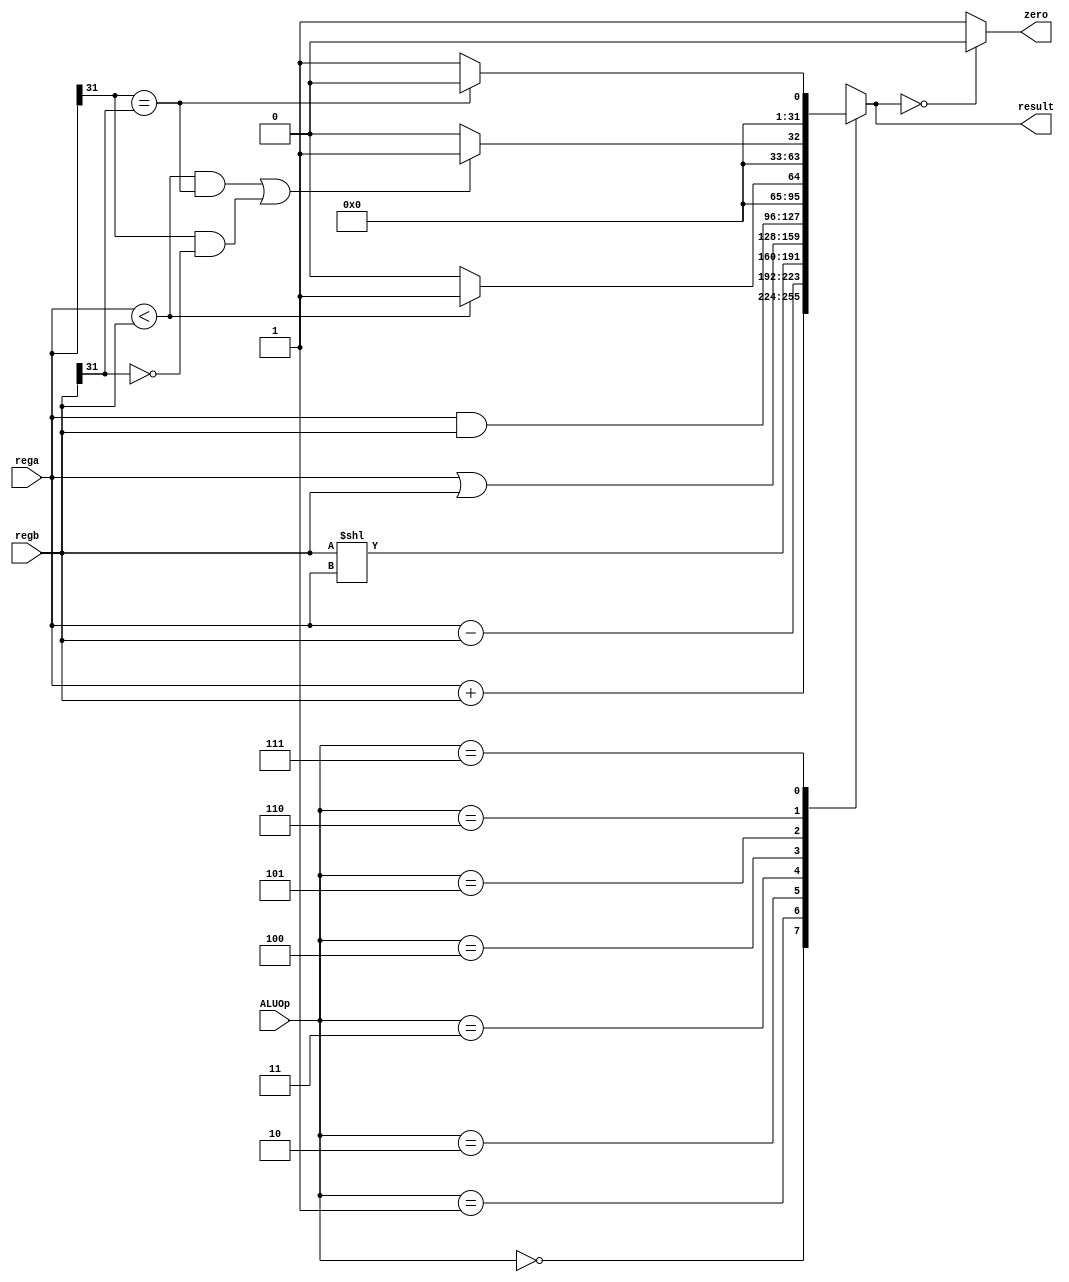
`timescale 1ns / 1ps
//////////////////////////////////////////////////////////////////////////////////
// Company: 
// Engineer: 
// 
// Design Name: 
// Module Name: ALU32
// Project Name: 
// Target Devices: 
// Tool Versions: 
// Description: 
// 
// Dependencies: 
// 
// Revision:
// Revision 0.01 - File Created
// Additional Comments:
// 
//////////////////////////////////////////////////////////////////////////////////


module ALU32(
	ALUOp,
	rega,
	regb,
	result,
	zero
);
    input [2:0] ALUOp;
	input [31:0] rega;
	input [31:0] regb;
	output reg [31:0] result;
	output zero;
	initial begin
	   result = 0;
	end
	
	assign zero = (result==0)?0:1;   // 0 
	always @( ALUOp or rega or regb ) begin
		case (ALUOp)  //
			3'b000 : result = rega + regb;  
			3'b001 : result = rega - regb; 
			3'b010 : result = regb << rega;
			3'b011 : result = rega | regb;
			3'b100 : result = rega & regb;
			3'b101 : result = (rega < regb)?1:0; // 
			3'b110 : begin // 
				result = (((rega<regb) && (rega[31] == regb[31] )) ||( ( rega[31] ==1 && regb[31] == 0))) ? 1:0;
			end
			3'b111: if(rega[31] == regb[31]) result = 0;
			        else result = 1;			
			default : begin
				result = 0;				//$display (" no match");
			end
		endcase
	end
endmodule